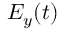
E _ { y } ( t )